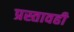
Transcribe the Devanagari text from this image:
प्रस्तावही